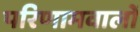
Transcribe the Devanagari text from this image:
परिणामवालों